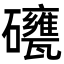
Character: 𥗯